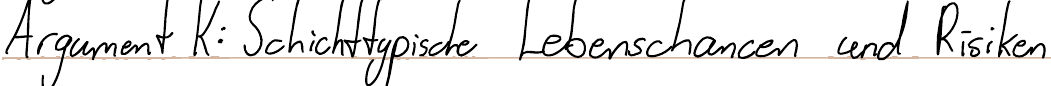
Argument K: Schichttypische Lebenschancen und Risiken